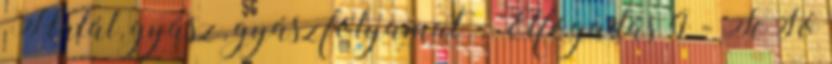
Halál, gyász, gyászfolyamat – Elfogadás 4 - TeSó